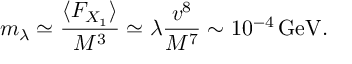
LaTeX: m _ { \lambda } \simeq { \frac { \langle F _ { X _ { 1 } } \rangle } { M ^ { 3 } } } \simeq \lambda { \frac { v ^ { 8 } } { M ^ { 7 } } } \sim 1 0 ^ { - 4 } \, \mathrm { G e V } .